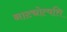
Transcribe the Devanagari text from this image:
नाट्योत्पत्ति